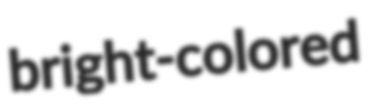
bright-colored